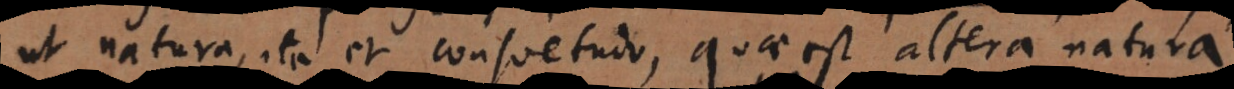
ut natura, ita et consuetudo, quae est altera natura.